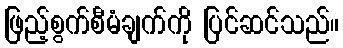
ဖြည့်စွက်စီမံချက်ကို ပြင်ဆင်သည်။